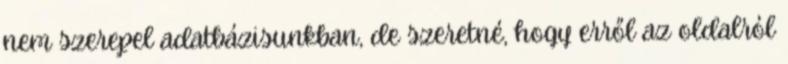
nem szerepel adatbázisunkban, de szeretné, hogy erről az oldalról